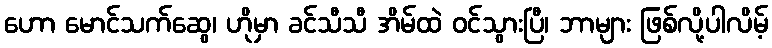
ဟော မောင်သက်ဆွေ၊ ဟိုမှာ ခင်သီသီ အိမ်ထဲ ဝင်သွားပြီ၊ ဘာများ ဖြစ်လို့ပါလိမ့်